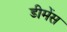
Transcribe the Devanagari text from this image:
डीमेंस